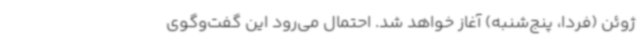
ژوئن (فردا،‌ پنج‌شنبه) آغاز خواهد شد. احتمال می‌رود این گفت‌وگوی